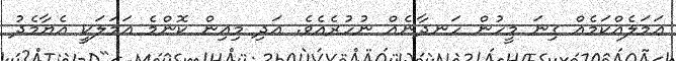
ޢަމަލެއްކަމެއް ގިނަ މީހުން ހަނދާނެއް ނުހުރެއެވެ. އަދި މިއިން ކޮންމެ ޢަމަލަކީ އެޔާމެދު